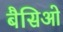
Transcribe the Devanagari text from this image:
बैसिओ